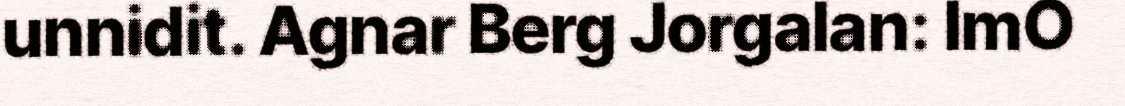
unnidit. Agnar Berg Jorgalan: ImO